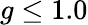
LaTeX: g\leq 1.0